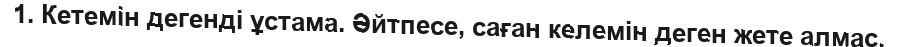
1. Кетемін дегенді ұстама. Әйтпесе, саған келемін деген жете алмас.